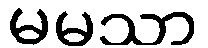
မမသာ